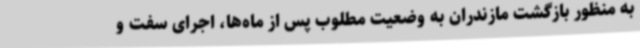
به منظور بازگشت مازندران به وضعیت مطلوب پس از ماه‌ها، اجرای سفت و